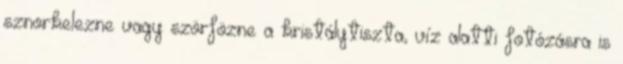
sznorkelezne vagy szörfözne a kristálytiszta, víz alatti fotózásra is